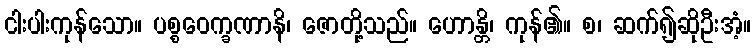
ငါးပါးကုန်သော။ ပစ္စဝေက္ခဏာနိ၊ ဇောတို့သည်။ ဟောန္တိ၊ ကုန်၏။ စ၊ ဆက်၍ဆိုဦးအံ့။